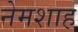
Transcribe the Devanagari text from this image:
नेमशाह